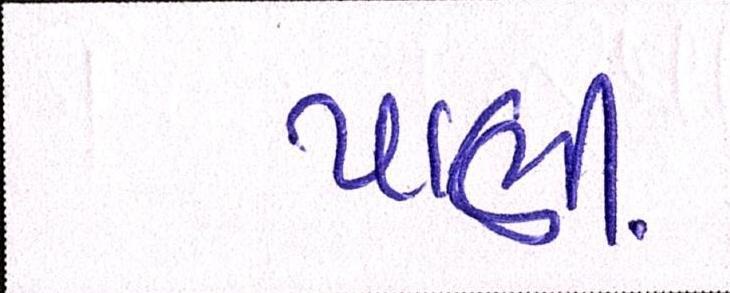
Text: પાણી